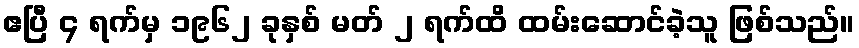
ဧပြီ ၄ ရက်မှ ၁၉၆၂ ခုနှစ် မတ် ၂ ရက်ထိ ထမ်းဆောင်ခဲ့သူ ဖြစ်သည်။